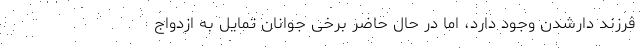
فرزند دارشدن وجود دارد، اما در حال حاضر برخی جوانان تمایل به‌ ازدواج